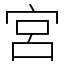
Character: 宮